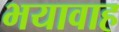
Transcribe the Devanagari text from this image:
भयावाह